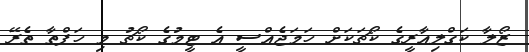
ޒޯލާ ކަގްލިއާރީގެ ކޯޗަކަށް ހަމަޖެއްސީ އެ ޓީމުގެ ކޯޗު މި ހަފްތާ ތެރޭ